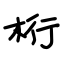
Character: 桁